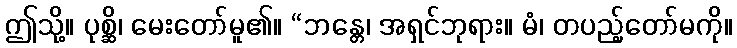
ဤသို့။ ပုစ္ဆိ၊ မေးတော်မူ၏။ “ဘန္တေ၊ အရှင်ဘုရား။ မံ၊ တပည့်တော်မကို။